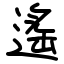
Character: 遙